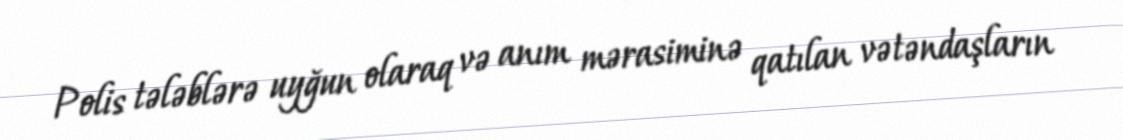
Polis tələblərə uyğun olaraq və anım mərasiminə qatılan vətəndaşların